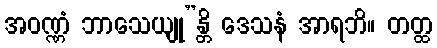
အဝဏ္ဏံ ဘာသေယျု”န္တိ ဒေသနံ အာရဘိ။ တတ္ထ